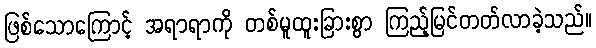
ဖြစ်သောကြောင့် အရာရာကို တစ်မူထူးခြားစွာ ကြည့်မြင်တတ်လာခဲ့သည်။